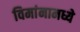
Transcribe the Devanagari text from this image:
विमांनामध्ये